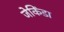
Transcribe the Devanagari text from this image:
जेकिंडा